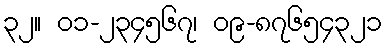
၃၂။ ၀၁-၂၃၄၅၆၇၊ ၀၉-၈၇၆၅၄၃၂၁